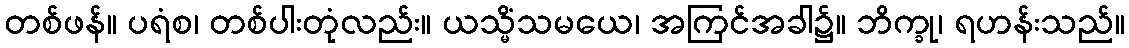
တစ်ဖန်။ ပရံစ၊ တစ်ပါးတုံလည်း။ ယသ္မိံသမယေ၊ အကြင်အခါ၌။ ဘိက္ခု၊ ရဟန်းသည်။